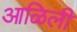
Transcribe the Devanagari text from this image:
आळिली